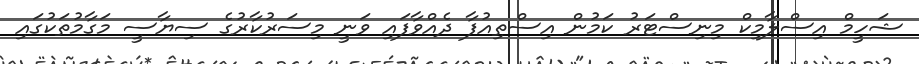
ޝަހީމް އިސްލާމިކް މިނިސްޓަރު ކަމުން އިސްތިއުފާ ދެއްވާފައި ވަނީ މިސަރުކާރުގެ ސިޔާސީ މަގާމުތަކުގައި